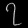
Digit: ၇